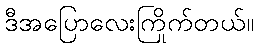
ဒီအပြောလေးကြိုက်တယ်။